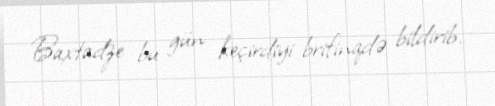
Baxtadze bu gün keçirdiyi brifinqdə bildirib.